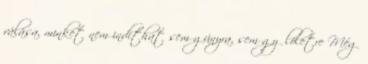
válása, minket nem indíthat sem gúnyra, sem gyűlöletre Még